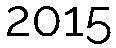
2015